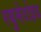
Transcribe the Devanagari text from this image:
रयुमेटोइड